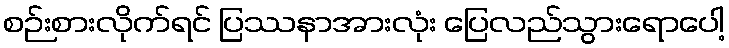
စဉ်းစားလိုက်ရင် ပြဿနာအားလုံး ပြေလည်သွားရောပေါ့